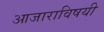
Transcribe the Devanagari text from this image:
आजाराविषयी